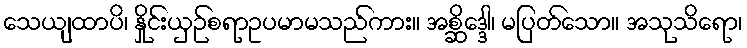
သေယျထာပိ၊ နှိုင်းယှဉ်စရာဥပမာမသည်ကား။ အစ္ဆိဒ္ဒေါ၊ မပြတ်သော။ အသုသိရော၊